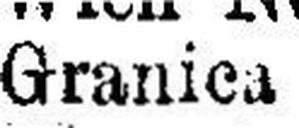
Granica